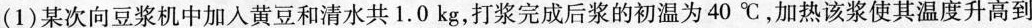
(1)某次向豆浆机中加入黄豆和清水共1.0kg，打浆完成后浆的初温为40℃，加热该浆使其温度升高到